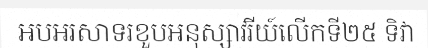
អបអរសាទរខួបអនុស្សាវរីយ៍លើកទី២៥ ទិវា